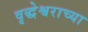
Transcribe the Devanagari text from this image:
वृद्धेश्वराच्या